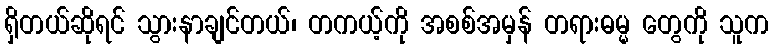
ရှိတယ်ဆိုရင် သွားနာချင်တယ်၊ တကယ့်ကို အစစ်အမှန် တရားဓမ္မ တွေကို သူက